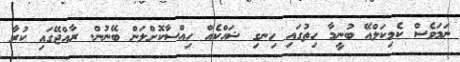
ނަމަވެސް ކެމިކަލްއޭ ބުނީމާ ހިތުގައި ހިނގި ޝައްކެއް ހިއްސާކޮށްލަން ބޭނުން. ރާއްޖޭގައި ކުރާ